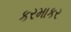
કરમાકર